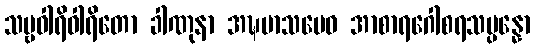
သဗ္ဗဝါရိဝါရိတော ခါဏုနာ အဍ္ဎမာသမေဝ အာစာရဂေါစရသမ္ပန္နော